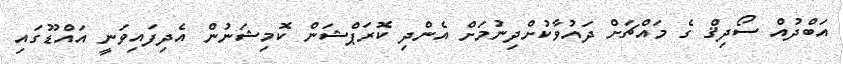
އަބްދުއް ސޯދިޤް ގެ މައްޗަށް ދައުވާކުށްދިނުމަށް އެންދި ކޮރަޕްޝަން ކޮމިޝަނުން އެދިފައިވަނީ އައްޑޫގައި